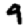
Digit: 9